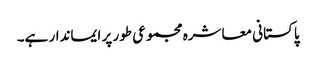
پاکستانی معاشرہ مجموعی طور پر ایماندار ہے۔